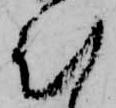
む